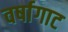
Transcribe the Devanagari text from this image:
वर्षागाट